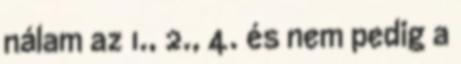
nálam az 1., 2., 4. és nem pedig a